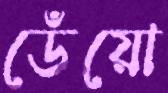
ডেঁয়ো